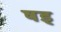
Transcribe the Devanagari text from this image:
षड्‍